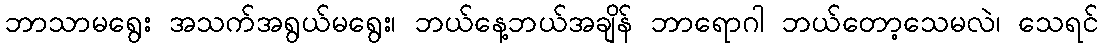
ဘာသာမရွေး အသက်အရွယ်မရွေး၊ ဘယ်နေ့ဘယ်အချိန် ဘာရောဂါ ဘယ်တော့သေမလဲ၊ သေရင်